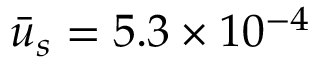
\bar { u } _ { s } = 5 . 3 \times { 1 0 ^ { - 4 } }